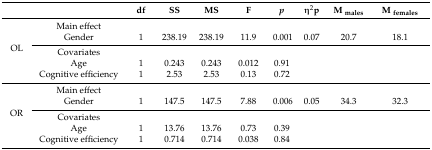
|  |  | df | SS | MS | F | p | η2p | M males | M females |
 | --- | --- | --- | --- | --- | --- | --- | --- | --- | --- |
 | <ROWSPAN=5> OL | Main effect |  |  |  |  |  |  |  |  |
 | Gender | 1 | 238.19 | 238.19 | 11.9 | 0.001 | 0.07 | 20.7 | 18.1 |
 | Covariates |  |  |  |  |  |  |  |  |
 | Age | 1 | 0.243 | 0.243 | 0.012 | 0.91 |  |  |  |
 | Cognitive efficiency | 1 | 2.53 | 2.53 | 0.13 | 0.72 |  |  |  |
 | <ROWSPAN=5> OR | Main effect |  |  |  |  |  |  |  |  |
 | Gender | 1 | 147.5 | 147.5 | 7.88 | 0.006 | 0.05 | 34.3 | 32.3 |
 | Covariates |  |  |  |  |  |  |  |  |
 | Age | 1 | 13.76 | 13.76 | 0.73 | 0.39 |  |  |  |
 | Cognitive efficiency | 1 | 0.714 | 0.714 | 0.038 | 0.84 |  |  |  |